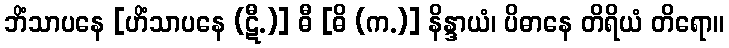
ဘိံသာပနေ [ဟိံသာပနေ (ဋီ.)] ဓီ [ဓိ (က.)] နိန္ဒာယံ၊ ပိဓာနေ တိရိယံ တိရော။